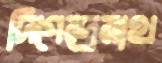
দিগেন্দ্রনাথ